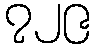
၇၂၉